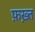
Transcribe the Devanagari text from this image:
फ़ख़्त